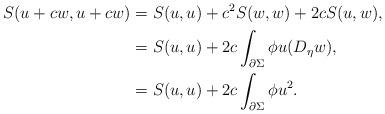
LaTeX: \begin{align*}S(u+cw,u+cw)&= S(u,u)+c^2 S(w,w)+2cS(u,w),\\&=S(u,u)+2c\int_{\partial \Sigma}\phi u(D_\eta w),\\&=S(u,u)+2c\int_{\partial \Sigma}\phi u^2.\end{align*}